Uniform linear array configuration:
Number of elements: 24
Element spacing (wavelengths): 1
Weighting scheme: hamming
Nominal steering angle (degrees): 30
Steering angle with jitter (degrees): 31.022
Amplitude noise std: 0.05
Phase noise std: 0.05

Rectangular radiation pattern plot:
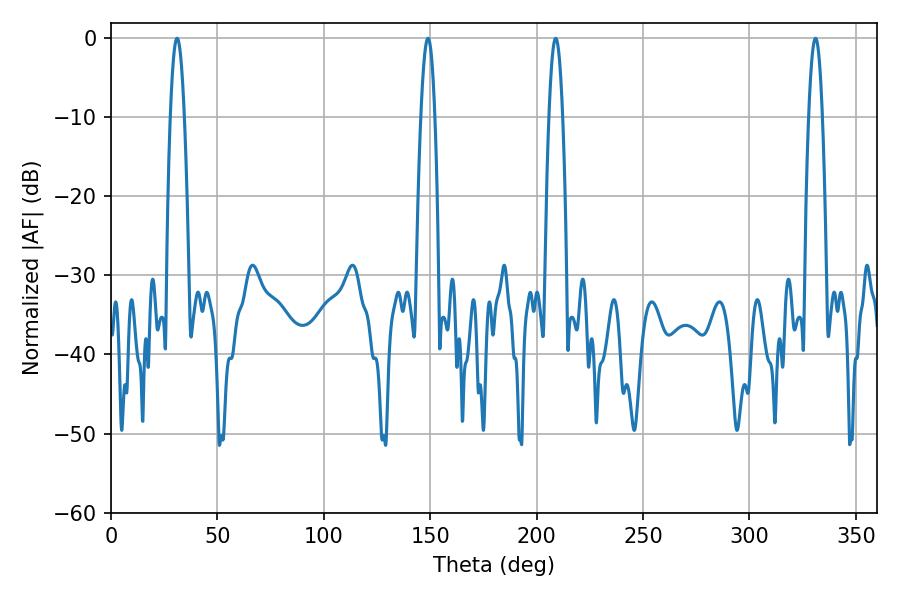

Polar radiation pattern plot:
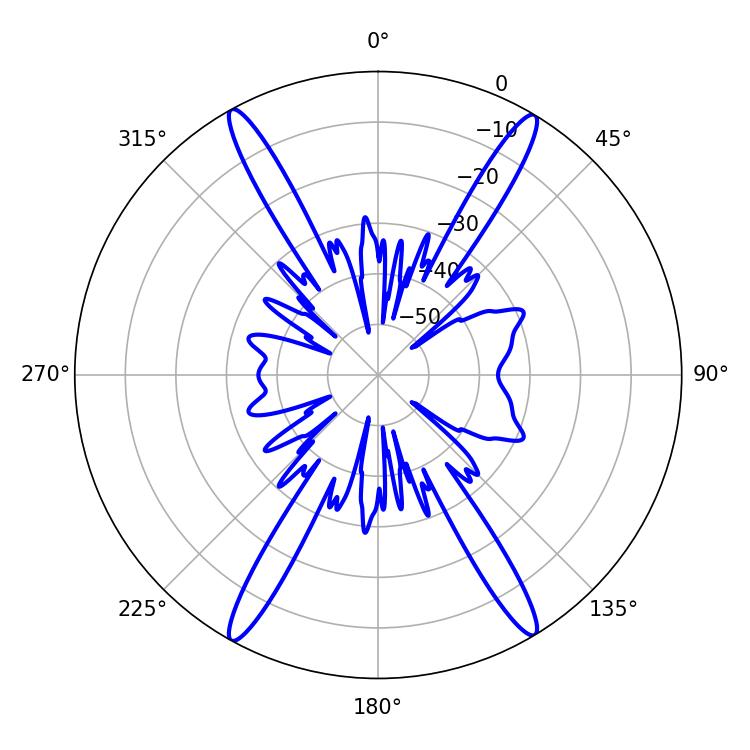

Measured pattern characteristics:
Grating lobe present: TRUE
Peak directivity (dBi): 25.067
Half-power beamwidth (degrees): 3.6
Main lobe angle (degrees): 208.98